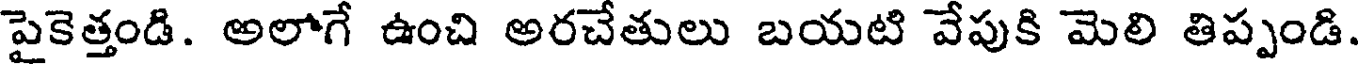
పైకెత్తండి. అలాగే ఉంచి అరచేతులు బయటి వేపుకి మెలి తిప్పండి